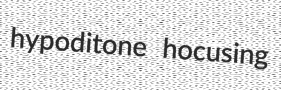
hypoditone hocusing